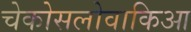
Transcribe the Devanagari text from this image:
चेकोसलोवाकिआ